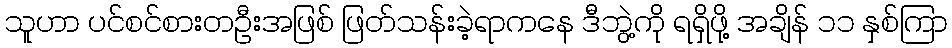
သူဟာ ပင်စင်စားတဦးအဖြစ် ဖြတ်သန်းခဲ့ရာကနေ ဒီဘွဲ့ကို ရရှိဖို့ အချိန် ၁၁ နှစ်ကြာ